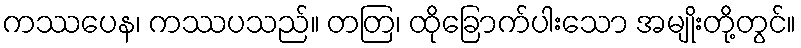
ကဿပေန၊ ကဿပသည်။ တတြ၊ ထိုခြောက်ပါးသော အမျိုးတို့တွင်။